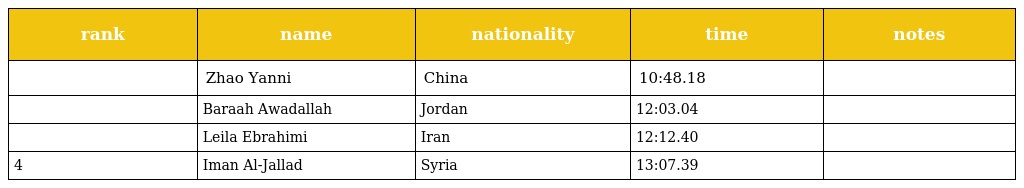
| rank | name | nationality | time | notes |
 | --- | --- | --- | --- | --- |
 |  | Zhao Yanni | China | 10:48.18 |  |
 |  | Baraah Awadallah | Jordan | 12:03.04 |  |
 |  | Leila Ebrahimi | Iran | 12:12.40 |  |
 | 4 | Iman Al-Jallad | Syria | 13:07.39 |  |